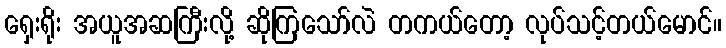
ရှေးရိုး အယူအဆကြီးလို့ ဆိုကြသော်လဲ တကယ်တော့ လုပ်သင့်တယ်မောင်။